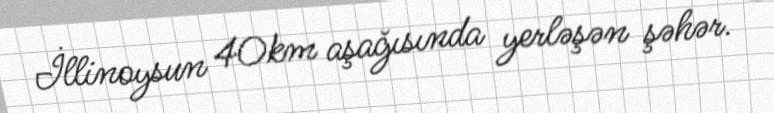
İllinoysun 40km aşağısında yerləşən şəhər.